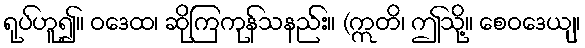
ရုပ်ဟူ၍။ ဝဒေထ၊ ဆိုကြကုန်သနည်း။ (ဣတိ၊ ဤသို့။ စေဝဒေယျ၊